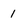
Character: 1